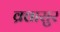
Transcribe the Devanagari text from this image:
व्रत्तासुर